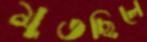
মুতছিলে